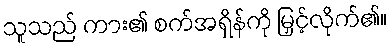
သူသည် ကား၏ စက်အရှိန်ကို မြှင့်လိုက်၏။